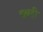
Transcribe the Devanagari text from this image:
छ्त्रही